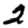
Digit: 2